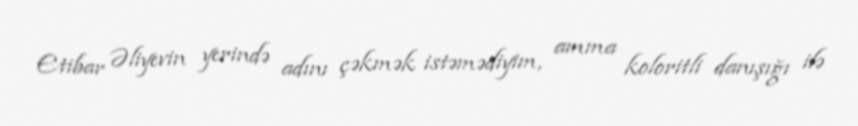
Etibar Əliyevin yerində adını çəkmək istəmədiyim, amma koloritli danışığı ilə